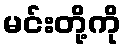
မင်းတို့ကို